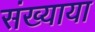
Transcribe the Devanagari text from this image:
संख्याया